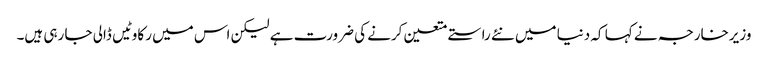
وزیرخارجہ نے کہا کہ دنیا میں نئے راستے متعین کرنے کی ضرورت ہے لیکن اس میں رکاوٹیں ڈالی جا رہی ہیں۔